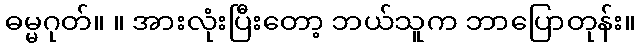
ဓမ္မဂုတ်။ ။ အားလုံးပြီးတော့ ဘယ်သူက ဘာပြောတုန်း။